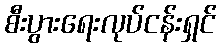
စီးပွားရေးလုပ်ငန်းရှင်